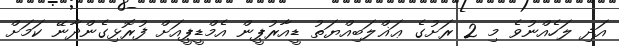
އަދި ލަހެއްނުވެ މި 2 ރަށުގެ ޢަޣްލަބިއްޔަތު ޑީއާރުޕީން އެމްޑީޕީއަށް ފުރޮޅިގެންދާނޭ ކަމަށް